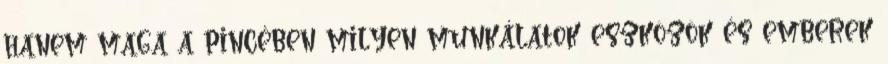
hanem maga a pincében milyen munkálatok eszközök és emberek